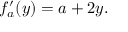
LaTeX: f _ { a } ^ { \prime } ( y ) = a + 2 y .